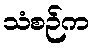
သံစဉ်က